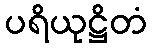
ပရိယုဋ္ဌိတံ